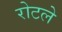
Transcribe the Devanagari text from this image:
रोटले